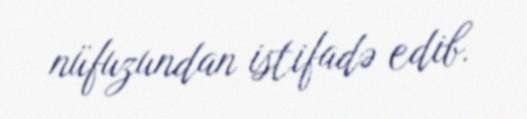
nüfuzundan istifadə edib.